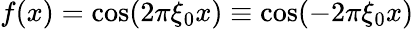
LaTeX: f(x)=\cos(2\pi\xi_{0}x)\equiv\cos(-2\pi\xi_{0}x)